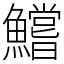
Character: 鱨